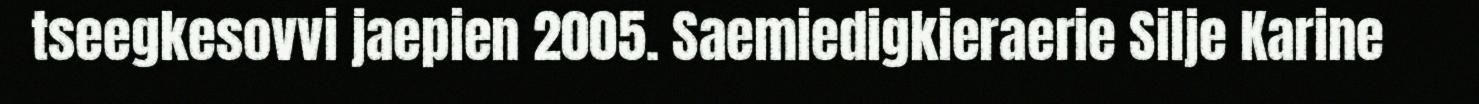
tseegkesovvi jaepien 2005. Saemiedigkieraerie Silje Karine